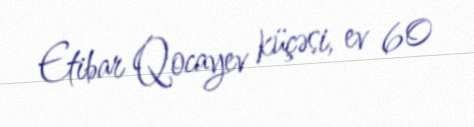
Etibar Qocayev küçəsi, ev 60